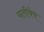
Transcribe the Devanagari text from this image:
यतीवेष